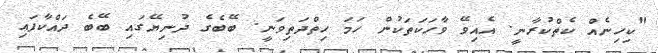
"ކިހިނެއް ކެތްކުރާނީ. އެއިވޭ ވާހަކަތަކުން ހަމަ ހިތްދަތިވަނީ. ބޭބެގެ ދުނިޔޭގައި ބޭބެ ދައްކާފައި